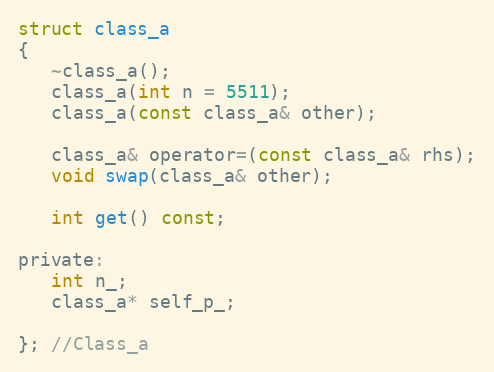
Language: C
struct class_a
{
   ~class_a();
   class_a(int n = 5511);
   class_a(const class_a& other);

   class_a& operator=(const class_a& rhs);
   void swap(class_a& other);

   int get() const;

private:
   int n_;
   class_a* self_p_;

}; //Class_a